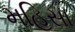
મહિસા